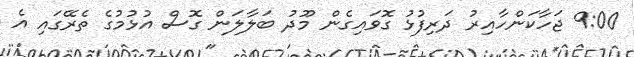
9:00 ޖަހާކަންހާއިރު ދަރިފުޅު ގޮވައިގެން މޫދު ބަލާލަން ގޮސް އުޅުމުގެ ތެރޭގައި އެ